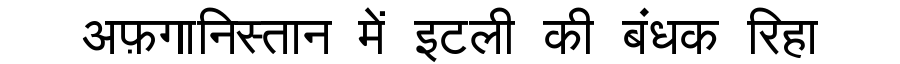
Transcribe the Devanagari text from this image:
अफ़गानिस्तान में इटली की बंधक रिहा